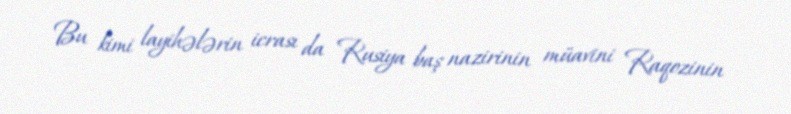
Bu kimi layihələrin icrası da Rusiya baş nazirinin müavini Raqozinin